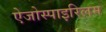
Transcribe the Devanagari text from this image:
ऐजोस्पाइरिलम